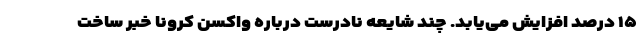
۱۵ درصد افزایش می‌یابد. چند شایعه نادرست درباره واکسن کرونا خبر ساخت